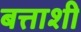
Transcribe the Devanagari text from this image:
बत्ताशी